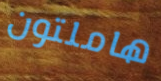
هاملتون